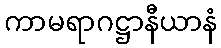
ကာမရာဂဋ္ဌာနီယာနံ